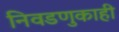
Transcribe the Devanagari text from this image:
निवडणुकाही